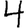
Digit: 4